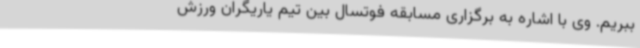
ببریم. وی با اشاره به برگزاری مسابقه فوتسال بین تیم یاریگران ورزش